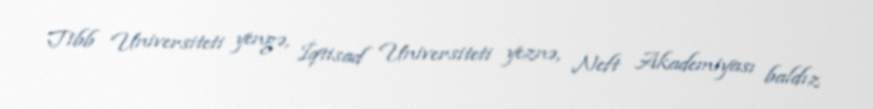
Tibb Universiteti yengə, İqtisad Universiteti yeznə, Neft Akademiyası baldız